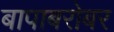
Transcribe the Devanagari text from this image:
बापाबरोबर